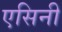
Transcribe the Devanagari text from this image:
एसिनी